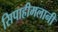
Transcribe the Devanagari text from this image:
सिपाहीमलानी